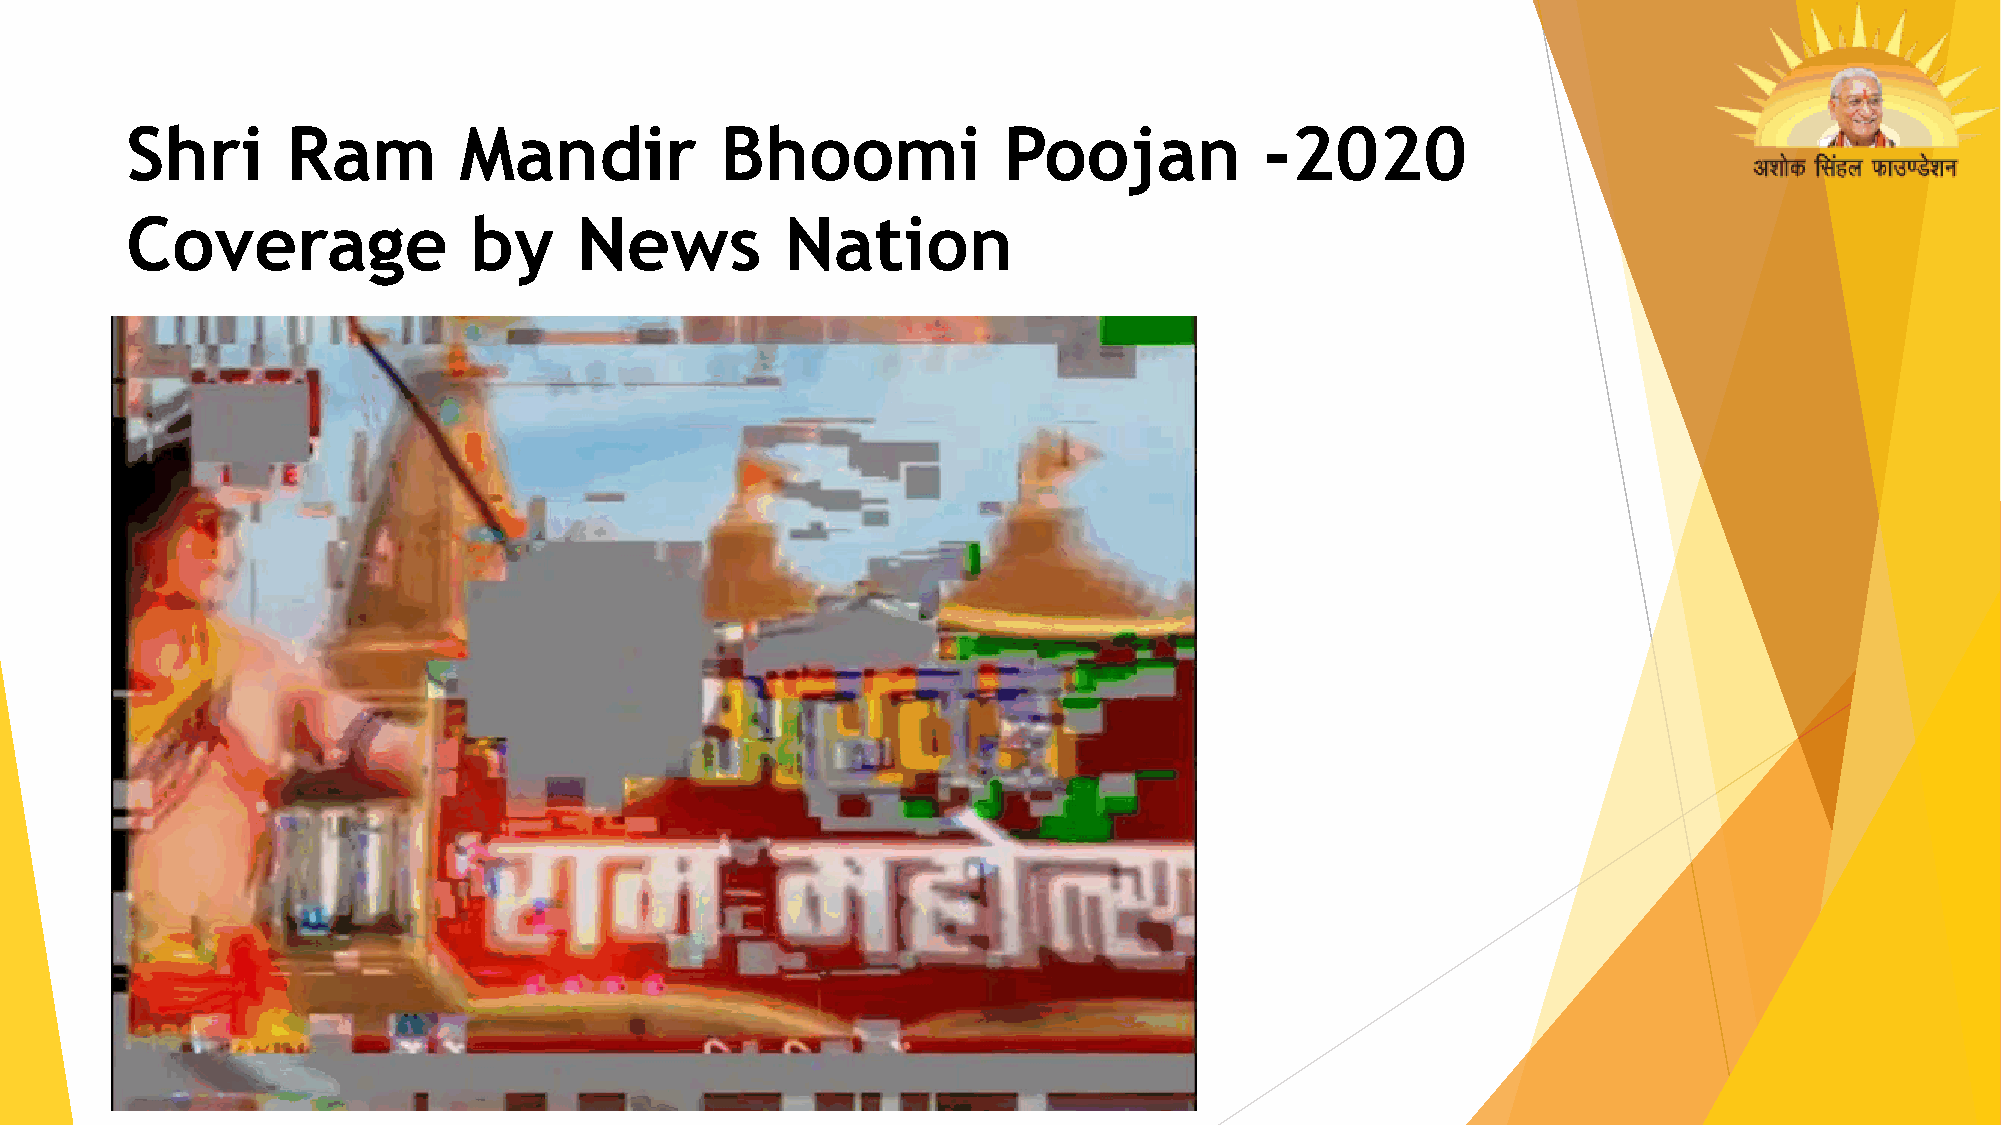
Shri       Ram        Mandir            Bhoomi            Poojan            -2020
 Coverage               by     News          Nation